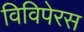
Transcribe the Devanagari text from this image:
विविपेरस